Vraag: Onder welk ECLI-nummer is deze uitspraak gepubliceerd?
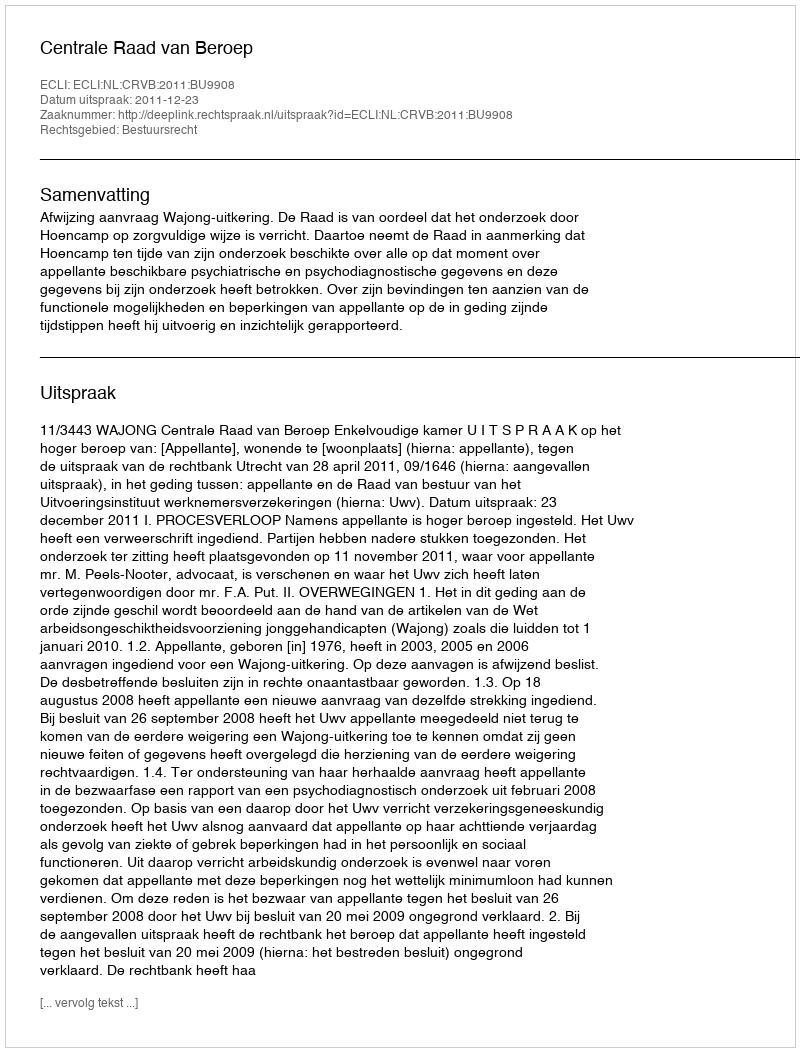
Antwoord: ECLI:NL:CRVB:2011:BU9908